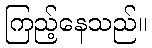
ကြည့်နေသည်။